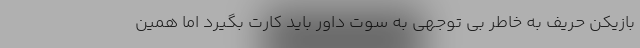
بازیکن حریف به خاطر بی توجهی به سوت داور باید کارت بگیرد اما همین